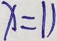
x = 1 1